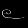
Digit: ၉